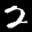
Label: 2